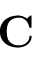
\mathbf { C }